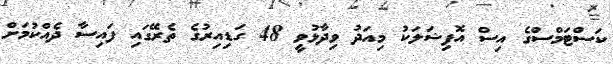
ކަސްޓަމްސްގެ އިސް އޮފިޝަލަކު މިއަދު ވިދާޅުވީ 48 ގަޑިއިރުގެ ތެރޭގައި ފައިސާ ދެއްކުމަށް